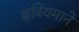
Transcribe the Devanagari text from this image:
क्षत्रियमाने